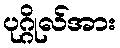
ပုဂ္ဂိုလ်အား